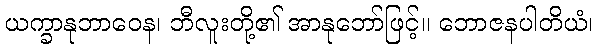
ယက္ခာနုဘာဝေန၊ ဘီလူးတို့၏ အာနုဘော်ဖြင့်။ ဘောဇနပါတိယံ၊